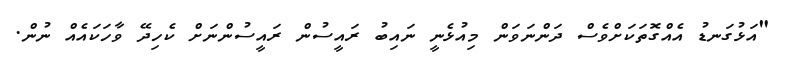
"އަޅުގަނޑު އެއްގޮތަކަށްވެސް ދަންނަވަން މިއުޅެނީ ނައިބު ރައީސުން ރައީސުންނަށް ކެހިދޭ ވާހަކައެއް ނުން.